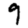
Digit: 9